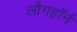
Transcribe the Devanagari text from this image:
लौगहॉर्न